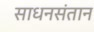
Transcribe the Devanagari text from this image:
साधनसंतान